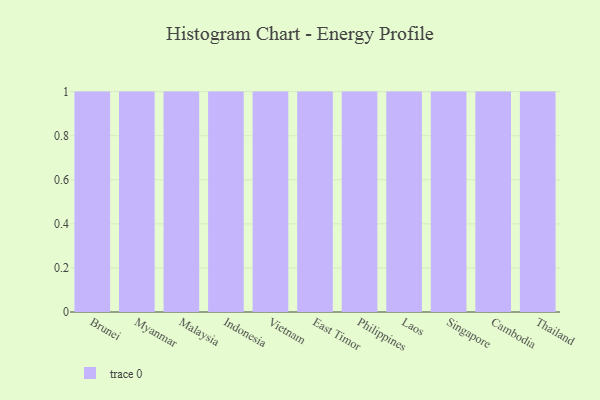
{"axis": {"x": "Country", "y": "Headcount"}, "legend": [""], "data": [{"x": "Brunei", "y": 28, "type": ""}, {"x": "Myanmar", "y": 34, "type": ""}, {"x": "Malaysia", "y": 32, "type": ""}, {"x": "Indonesia", "y": 19, "type": ""}, {"x": "Vietnam", "y": 82, "type": ""}, {"x": "East Timor", "y": 25, "type": ""}, {"x": "Philippines", "y": 85, "type": ""}, {"x": "Laos", "y": 9, "type": ""}, {"x": "Singapore", "y": 36, "type": ""}, {"x": "Cambodia", "y": 59, "type": ""}, {"x": "Thailand", "y": 13, "type": ""}]}